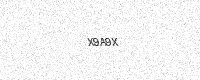
Text: X9A9X